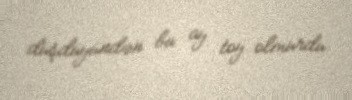
düşdüyündən bu ay toy olmurdu.